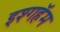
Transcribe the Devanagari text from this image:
इश्गहॅम